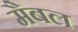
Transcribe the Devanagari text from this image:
मैबल